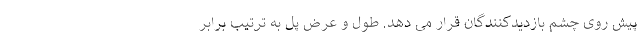
پیش روی چشم بازدیدکنندگان قرار می دهد. طول و عرض پل به ترتیب برابر